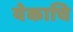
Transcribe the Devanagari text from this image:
येकाचि